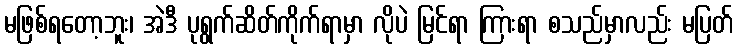
မဖြစ်ရတော့ဘူး၊ အဲဒီ ပုရွက်ဆိတ်ကိုက်ရာမှာ လိုပဲ မြင်ရာ ကြားရာ စသည်မှာလည်း မပြတ်